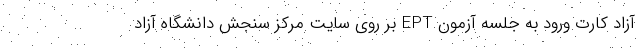
آزاد کارت ورود به جلسه آزمون EPT بر روی سایت مرکز سنجش دانشگاه آزاد